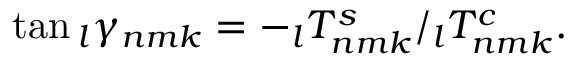
\tan \phantom { } _ { l } \gamma _ { n m k } = - \phantom { } _ { l } T _ { n m k } ^ { s } / \phantom { } _ { l } T _ { n m k } ^ { c } .